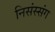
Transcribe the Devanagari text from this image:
निसंस्संग